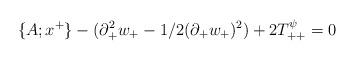
LaTeX: \begin{align*}\{A;x^+ \} -(\partial^2_{+} w_{+} -1/2 (\partial_{+} w_{+})^2)+2T_{++}^{\psi}=0\end{align*}